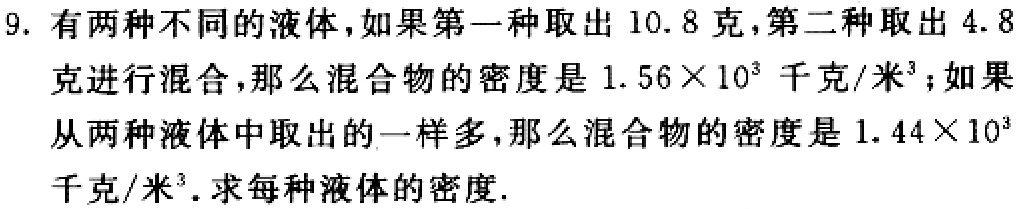
9. 有两种不同的液体，如果第一种取出$10.8$克，第二种取出$4.8$克进行混合，那么混合物的密度是$1.56×10^{3}$ 千克/米³；如果从两种液体中取出的一样多，那么混合物的密度是$1.44×10^{3}$千克/米³. 求每种液体的密度.